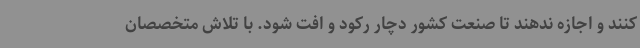
کنند و اجازه ندهند تا صنعت کشور دچار رکود و افت شود. با تلاش متخصصان